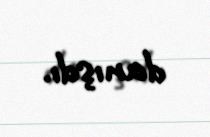
danışdı.